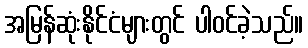
အမြန်ဆုံးနိုင်ငံများတွင် ပါဝင်ခဲ့သည်။